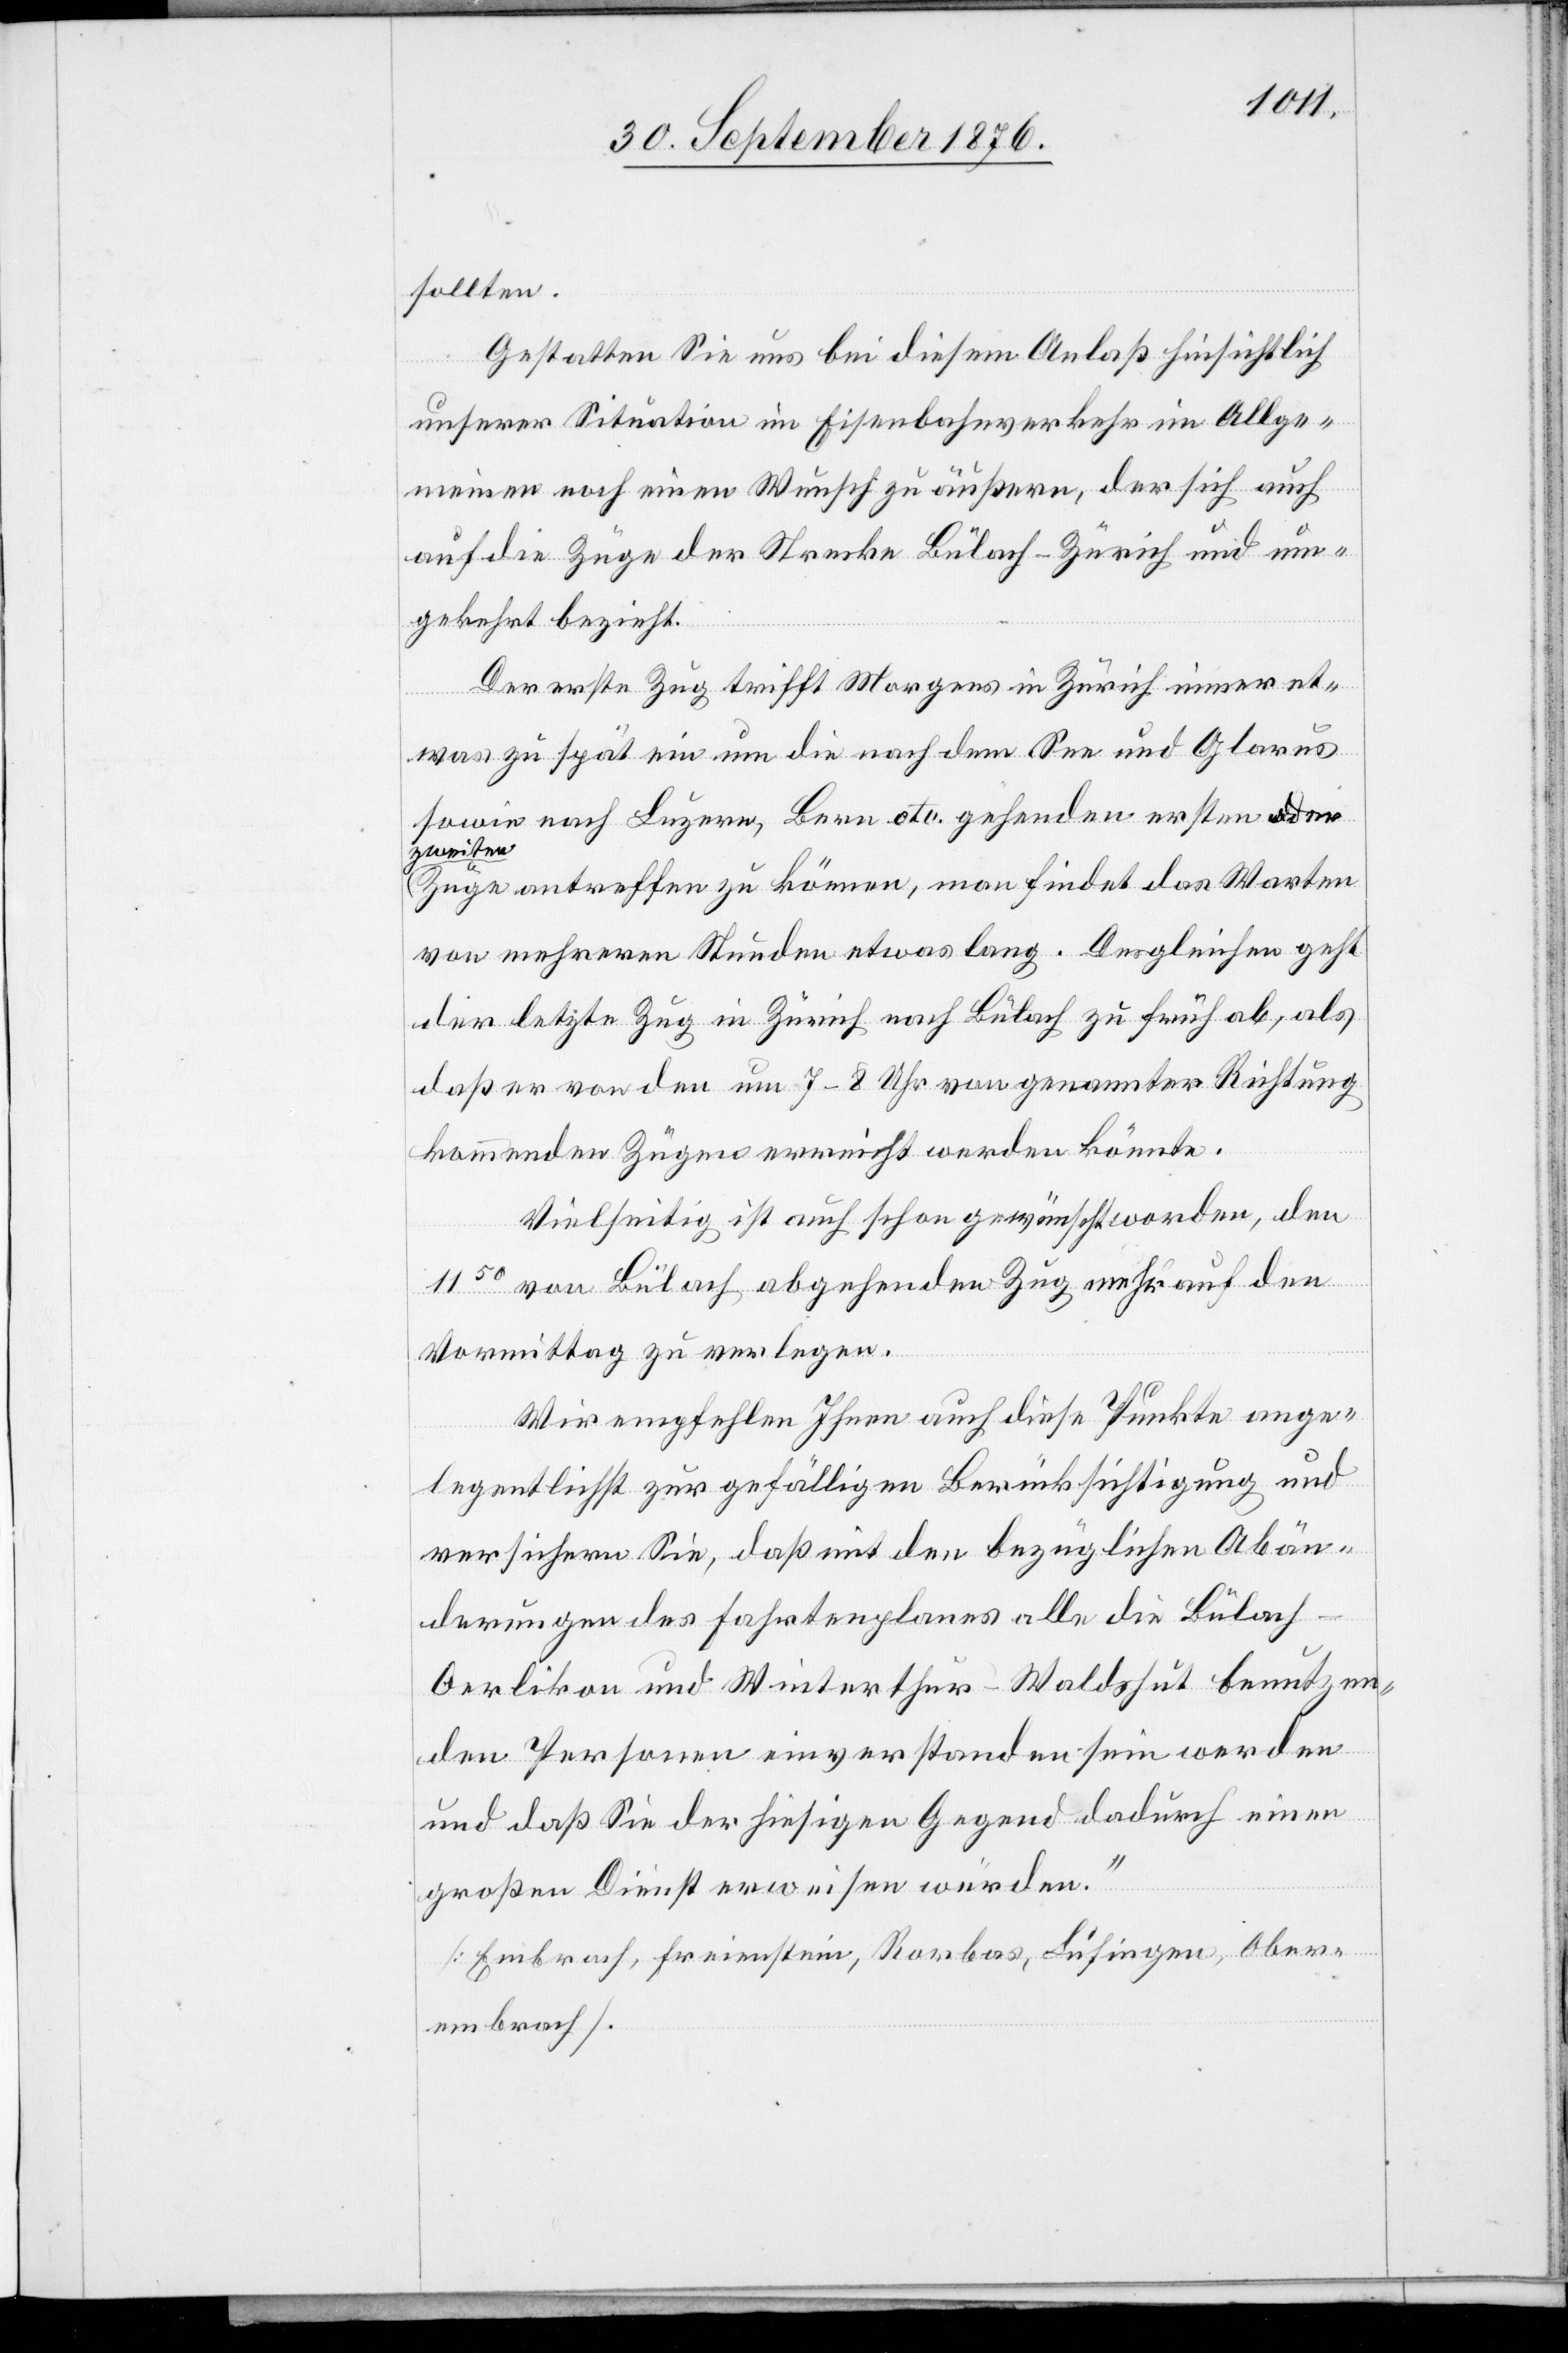
sollten.
Gestatten Sie uns bei diesem Anlaß hinsichtlich
unserer Situation im Eisenbahnverkehr im Allge¬
meinen noch einen Wunsch zu äußern, der sich auch
auf die Züge der Strecke Bülach–Zürich und um¬
gekehrt bezieht.
Der erste Zug trifft Morgens in Zürich immer et¬
was zu spät ein um die nach dem See und Glarus
sowie nach Luzern, Bern etc. gehenden ersten &
zweiten
Züge antreffen zu können, man findet das Warten
von mehreren Stunden etwas lang. Desgleichen geht
der letzte Zug in Zürich nach Bülach zu früh ab, als
daß er von den um 7–8 Uhr von genannter Richtung
kommenden Zügen erreicht werden könnte.
Vielseitig ist auch schon gewünscht worden, den
1150 von Bülach abgehenden Zug mehr auf den
Vormittag zu verlegen.
Wir empfehlen Ihnen auch diese Punkte ange¬
legentlichst zur gefälligen Berücksichtigung und
versichern Sie, daß mit den bezüglichen Abän¬
derungen des Fahrtenplanes alle die Bülach–O¬
erlikon und Winterthur–Waldshut benutzen¬
den Personen einverstanden sein werden
und daß Sie der hiesigen Gegend dadurch einen
großen Dienst erweisen würden.“
[Embrach, Freienstein, Rorbas, Lufingen, Ober¬
embrach].